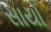
સાયો